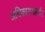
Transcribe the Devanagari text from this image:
अधिकाराअंतर्गत